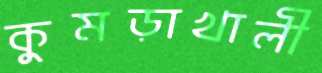
কুমড়াখালী